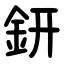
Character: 鈃